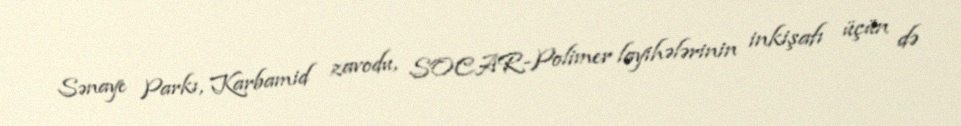
Sənaye Parkı, Karbamid zavodu, SOCAR-Polimer layihələrinin inkişafı üçün də